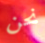
نحن